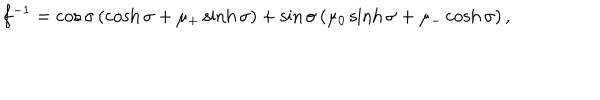
LaTeX: f ^ { - 1 } = \cos \sigma \left( \cosh \sigma + \mu _ { + } \sinh \sigma \right) + \sin \sigma \left( \mu _ { 0 } \sinh \sigma + \mu _ { - } \cosh \sigma \right) ,